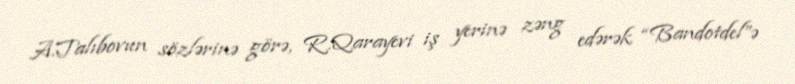
A.Talıbovun sözlərinə görə, R.Qarayevi iş yerinə zəng edərək “Bandotdel”ə